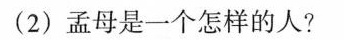
(2)孟母是一个怎样的人?